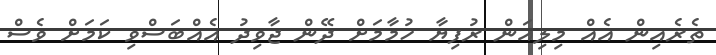
ތެރެއިން އެއް މިލިއަން ރުފިޔާ ހުމާމަށް ދޭން ޖާވިދު އެއްބަސްވި ކަމަށް ވެސް